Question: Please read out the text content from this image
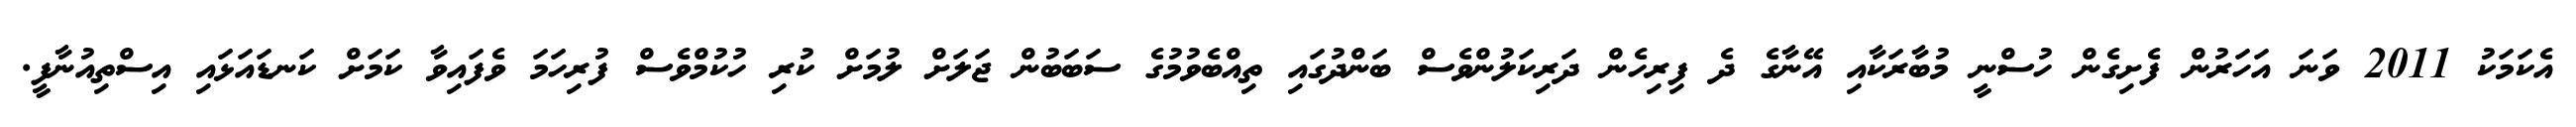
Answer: އެކަމަކު 2011 ވަނަ އަހަރުން ފެށިގެން ހުސްނީ މުބާރަކާއި އޭނާގެ ދެ ފިރިހެން ދަރިކަލުންވެސް ބަންދުގައި ތިއްބެވުމުގެ ސަބަބުން ޖަލަށް ލުމަށް ކުރި ހުކުމްވެސް ފުރިހަމަ ވެފައިވާ ކަމަށް ކަނޑައަޅައި އިސްތިއުނާފީ.